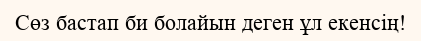
Сөз бастап би болайын деген ұл екенсің!